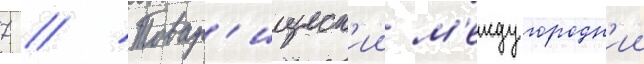
7 // Товар'ищеск'ии м'еждугородн'ии